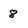
Character: 8